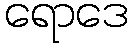
ရောဒေ